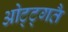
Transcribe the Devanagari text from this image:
ओट्ट्गतै